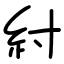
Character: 紂